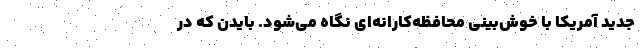
جدید آمریکا با خوش‌بینی محافظه‌کارانه‌ای نگاه می‌شود. بایدن که در